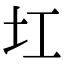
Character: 𡉎